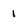
Character: 1